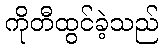
ကိုတီထွင်ခဲ့သည်